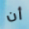
أن